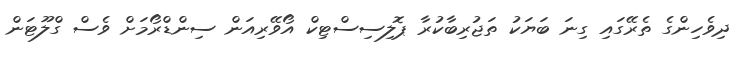
ދިވެހިންގެ ތެރޭގައި ގިނަ ބަޔަކު ތަޖުރިބާކުރާ ޕޮލިސިސްޓިކް އޯވޭރިއަން ސިންޑްރޯމަށް ވެސް ގްލޫޓަން